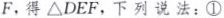
F，得ΔDEF，下列说法：①